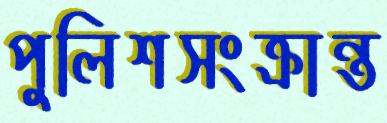
পুলিশসংক্রান্ত